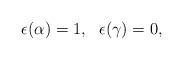
LaTeX: \begin{align*}\begin{array}{ccc}\epsilon(\alpha)=1, & \epsilon(\gamma)=0,\end{array}\end{align*}